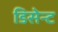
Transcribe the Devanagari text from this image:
डिसेन्ट